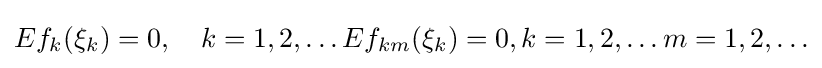
Ef_{k}(\xi _{k})=0,\quad k=1,2,\ldots Ef_{km}(\xi _{k})=0,k=1,2,\ldots m=1,2,\ldots